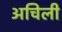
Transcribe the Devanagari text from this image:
अचिली